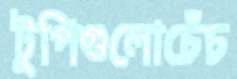
টুপিগুলোচেঁচ